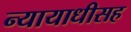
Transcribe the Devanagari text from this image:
न्यायाधीसह